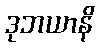
ဒုဘယာနိ